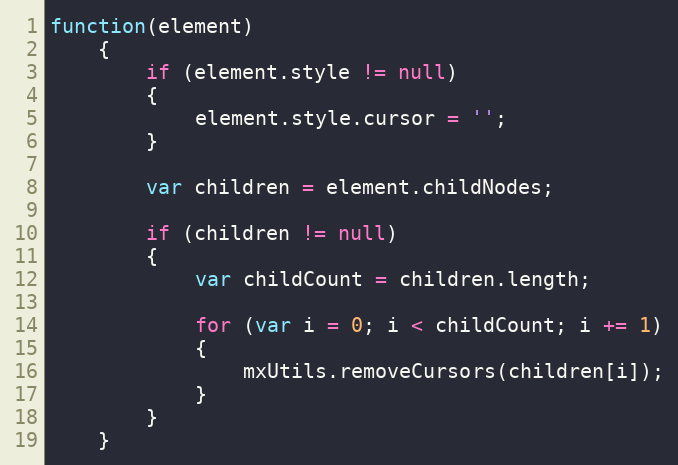
Language: JavaScript
function(element)
	{
		if (element.style != null)
		{
			element.style.cursor = '';
		}

		var children = element.childNodes;

		if (children != null)
		{
	        var childCount = children.length;

	        for (var i = 0; i < childCount; i += 1)
	        {
	            mxUtils.removeCursors(children[i]);
	        }
	    }
	}